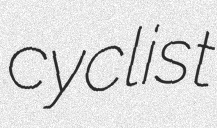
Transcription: cyclist